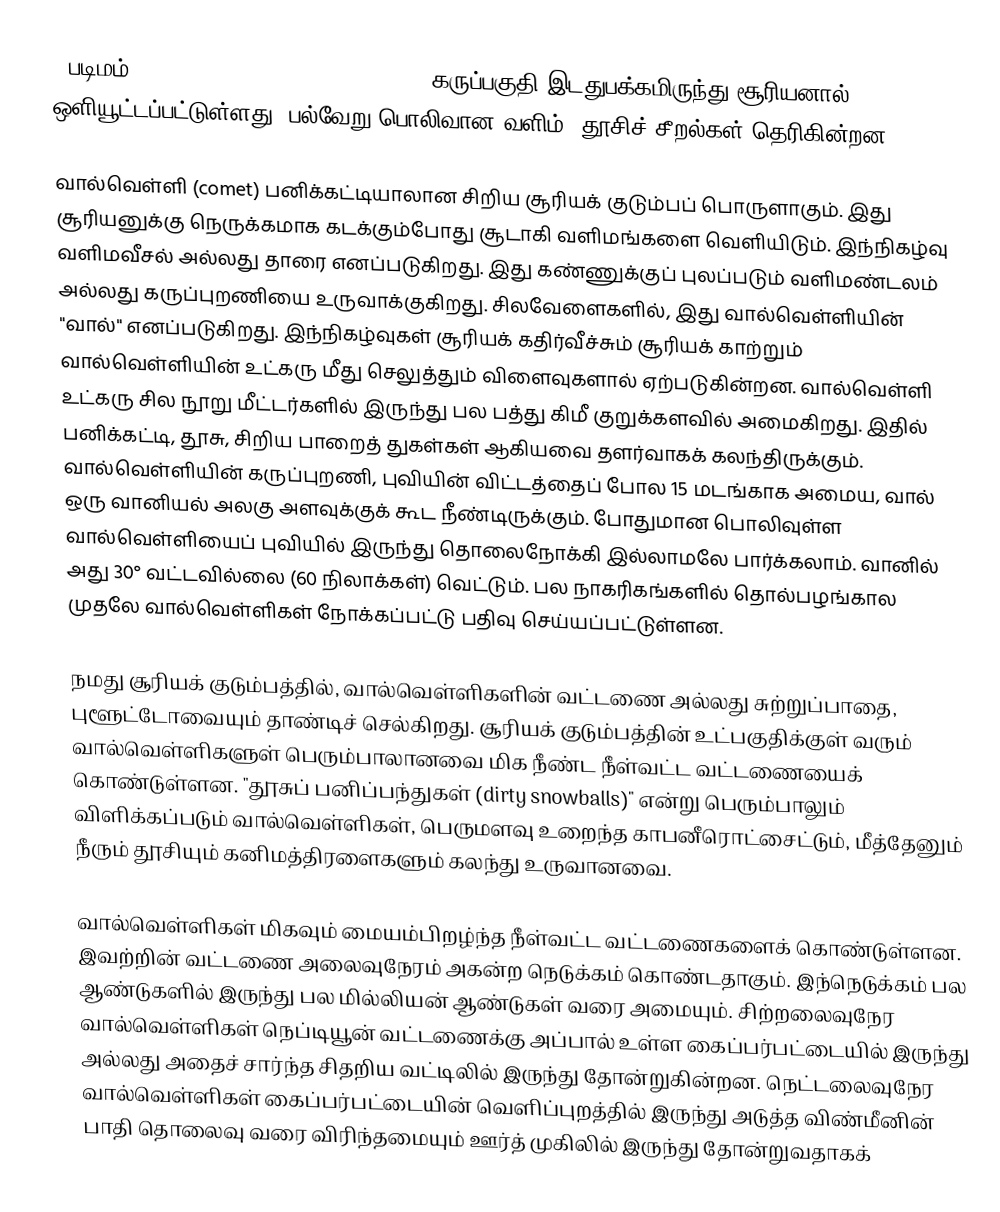
[[படிமம்:Lspn comet halley.jpg|right|250px|கருப்பகுதி இடதுபக்கமிருந்து சூரியனால் ஒளியூட்டப்பட்டுள்ளது. பல்வேறு பொலிவான வளிம், தூசிச் சீறல்கள் தெரிகின்றன.]]

வால்வெள்ளி (comet) பனிக்கட்டியாலான சிறிய சூரியக் குடும்பப் பொருளாகும். இது சூரியனுக்கு நெருக்கமாக கடக்கும்போது சூடாகி வளிமங்களை வெளியிடும். இந்நிகழ்வு வளிமவீசல் அல்லது தாரை எனப்படுகிறது. இது கண்ணுக்குப் புலப்படும் வளிமண்டலம் அல்லது கருப்புறணியை உருவாக்குகிறது. சிலவேளைகளில், இது வால்வெள்ளியின் "வால்" எனப்படுகிறது. இந்நிகழ்வுகள் சூரியக் கதிர்வீச்சும் சூரியக் காற்றும் வால்வெள்ளியின் உட்கரு மீது செலுத்தும் விளைவுகளால் ஏற்படுகின்றன. வால்வெள்ளி உட்கரு சில நூறு மீட்டர்களில் இருந்து பல பத்து கிமீ குறுக்களவில் அமைகிறது. இதில் பனிக்கட்டி, தூசு, சிறிய பாறைத் துகள்கள் ஆகியவை தளர்வாகக் கலந்திருக்கும். வால்வெள்ளியின் கருப்புறணி, புவியின் விட்டத்தைப் போல 15 மடங்காக அமைய, வால் ஒரு வானியல் அலகு அளவுக்குக் கூட நீண்டிருக்கும். போதுமான பொலிவுள்ள வால்வெள்ளியைப் புவியில் இருந்து தொலைநோக்கி இல்லாமலே பார்க்கலாம். வானில் அது  30° வட்டவில்லை (60 நிலாக்கள்) வெட்டும். பல நாகரிகங்களில் தொல்பழங்கால முதலே வால்வெள்ளிகள் நோக்கப்பட்டு பதிவு செய்யப்பட்டுள்ளன.

நமது சூரியக் குடும்பத்தில், வால்வெள்ளிகளின் வட்டணை அல்லது சுற்றுப்பாதை, புளூட்டோவையும் தாண்டிச் செல்கிறது. சூரியக் குடும்பத்தின் உட்பகுதிக்குள் வரும் வால்வெள்ளிகளுள் பெரும்பாலானவை மிக நீண்ட நீள்வட்ட வட்டணையைக் கொண்டுள்ளன. "தூசுப் பனிப்பந்துகள் (dirty snowballs)" என்று பெரும்பாலும் விளிக்கப்படும் வால்வெள்ளிகள், பெருமளவு உறைந்த காபனீரொட்சைட்டும், மீத்தேனும் நீரும் தூசியும் கனிமத்திரளைகளும் கலந்து உருவானவை.

வால்வெள்ளிகள் மிகவும் மையம்பிறழ்ந்த நீள்வட்ட வட்டணைகளைக் கொண்டுள்ளன. இவற்றின் வட்டணை அலைவுநேரம் அகன்ற நெடுக்கம் கொண்டதாகும். இந்நெடுக்கம் பல ஆண்டுகளில் இருந்து பல மில்லியன் ஆண்டுகள் வரை அமையும். சிற்றலைவுநேர வால்வெள்ளிகள் நெப்டியூன் வட்டணைக்கு அப்பால் உள்ள கைப்பர்பட்டையில் இருந்து அல்லது அதைச் சார்ந்த சிதறிய வட்டிலில் இருந்து தோன்றுகின்றன. நெட்டலைவுநேர வால்வெள்ளிகள் கைப்பர்பட்டையின் வெளிப்புறத்தில் இருந்து அடுத்த விண்மீனின் பாதி தொலைவு வரை விரிந்தமையும் ஊர்த் முகிலில் இருந்து தோன்றுவதாகக்